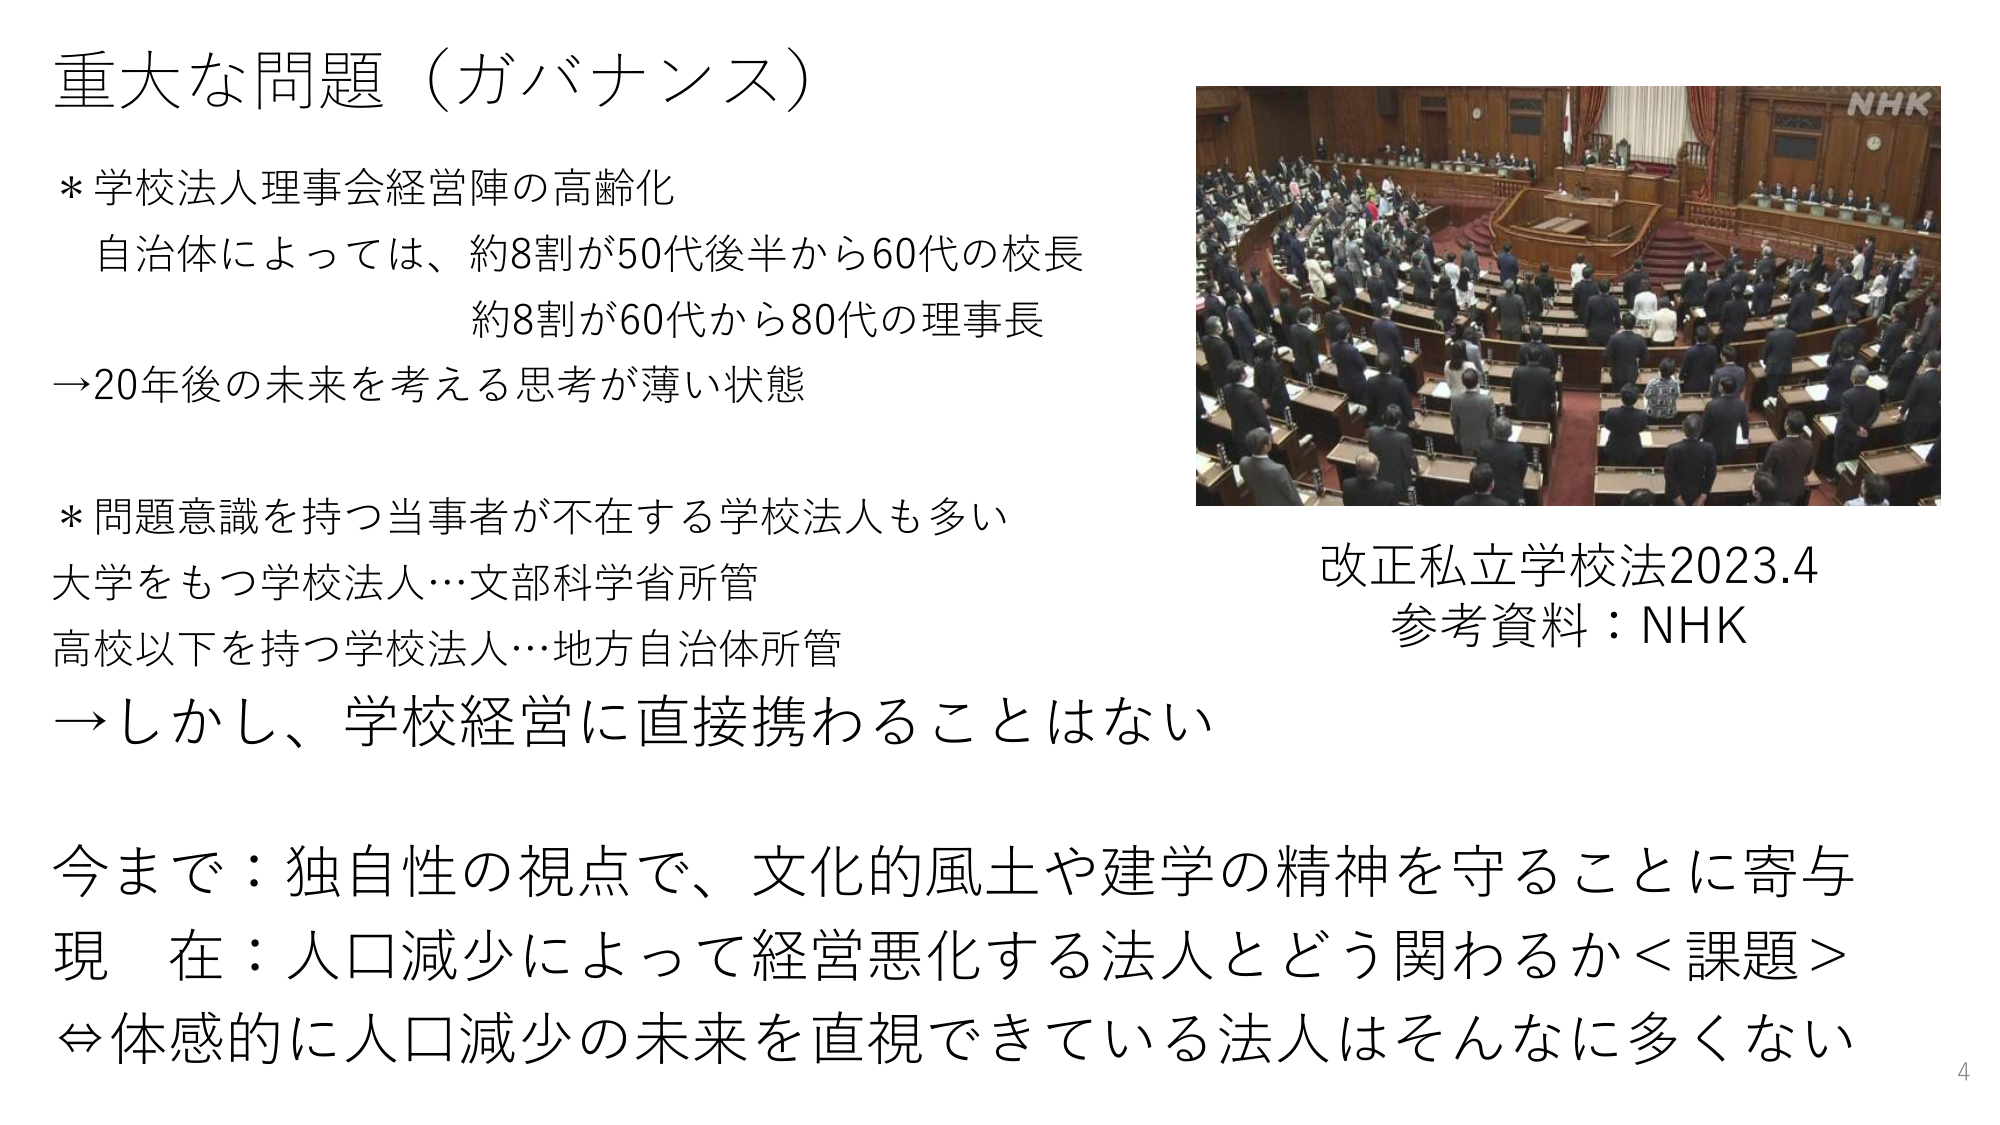
重大な問題（ガバナンス）

* 学校法人理事会経営陣の高齢化
　自治体によっては、約8割が50代後半から60代の校長
　約8割が60代から80代の理事長
→20年後の未来を考える思考が薄い状態

* 問題意識を持つ当事者が不在する学校法人も多い
　大学をもつ学校法人…文部科学省所管
　高校以下を持つ学校法人…地方自治体所管
→しかし、学校経営に直接携わることはない

今まで：独自性の視点で、文化的風土や建学の精神を守ることに寄与
現在：人口減少によって経営悪化する法人とどう関わるか＜課題＞
⇔体感的に人口減少の未来を直視できている法人はそんなに多くない

改正私立学校法2023.4
参考資料：NHK

NHK

4